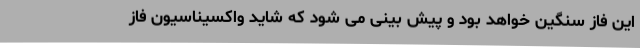
این فاز سنگین خواهد بود و پیش بینی می شود که شاید واکسیناسیون فاز